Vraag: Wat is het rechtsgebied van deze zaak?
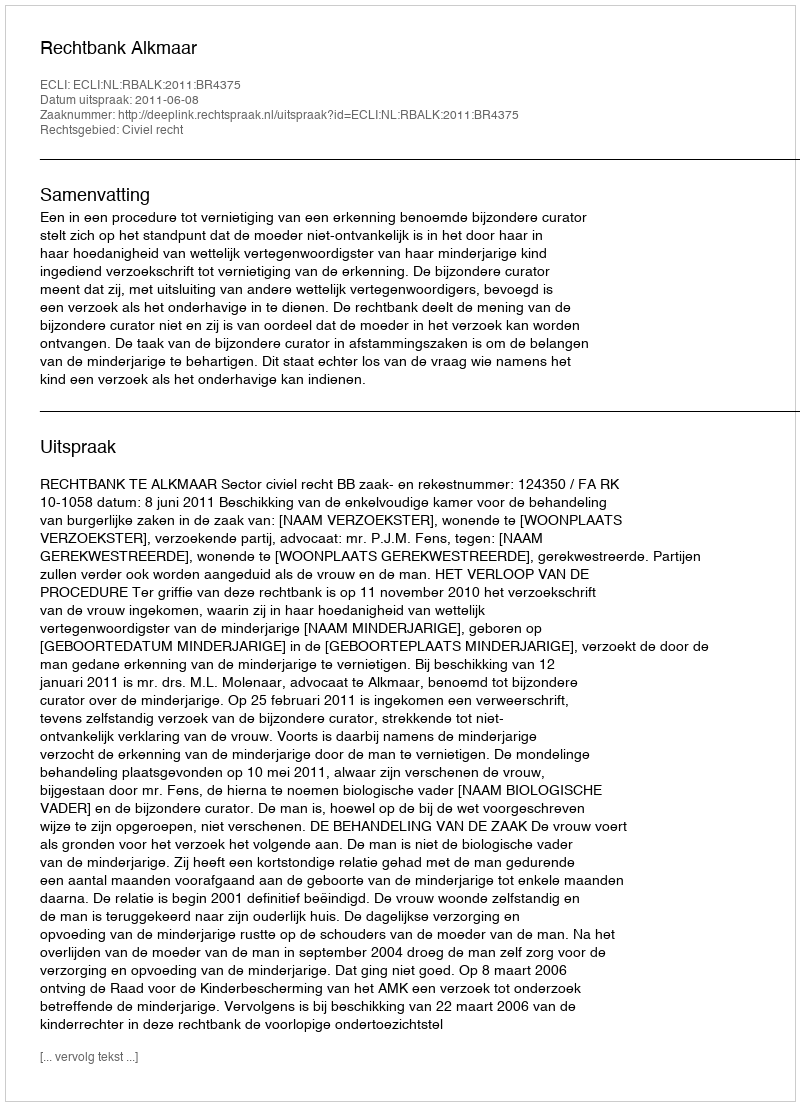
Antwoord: Civiel recht